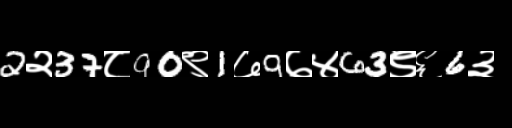
Text: 2२37८90९1७9७४63९६6३